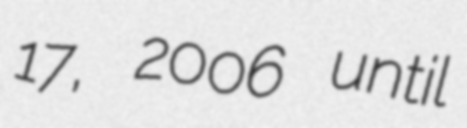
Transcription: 17, 2006 until